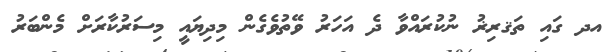
އދ ގައި ތަޤރިޜު ނުކުރައްވާ ދެ އަހަރު ވޭތުވެގެން މިދިޔައީ މިސަރުކާރަށް މެންބަރު